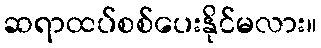
ဆရာထပ်စစ်ပေးနိုင်မလား။